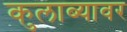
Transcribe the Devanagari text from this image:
कुलाब्यावर